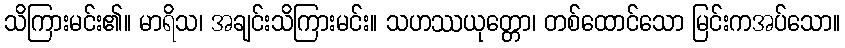
သိကြားမင်း၏။ မာရိသ၊ အချင်းသိကြားမင်း။ သဟဿယုတ္တော၊ တစ်ထောင်သော မြင်းကအပ်သော။